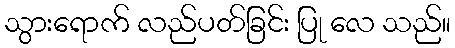
သွားရောက် လည်ပတ်ခြင်း ပြု လေ သည်။